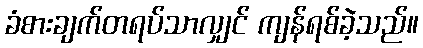
ခံစားချက်တရပ်သာလျှင် ကျန်ရစ်ခဲ့သည်။